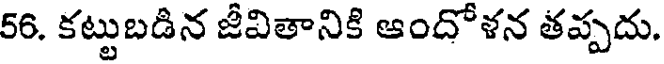
56. కట్టుబడిన జీవితానికి ఆందోళన తప్పదు.